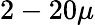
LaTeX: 2-20\mu